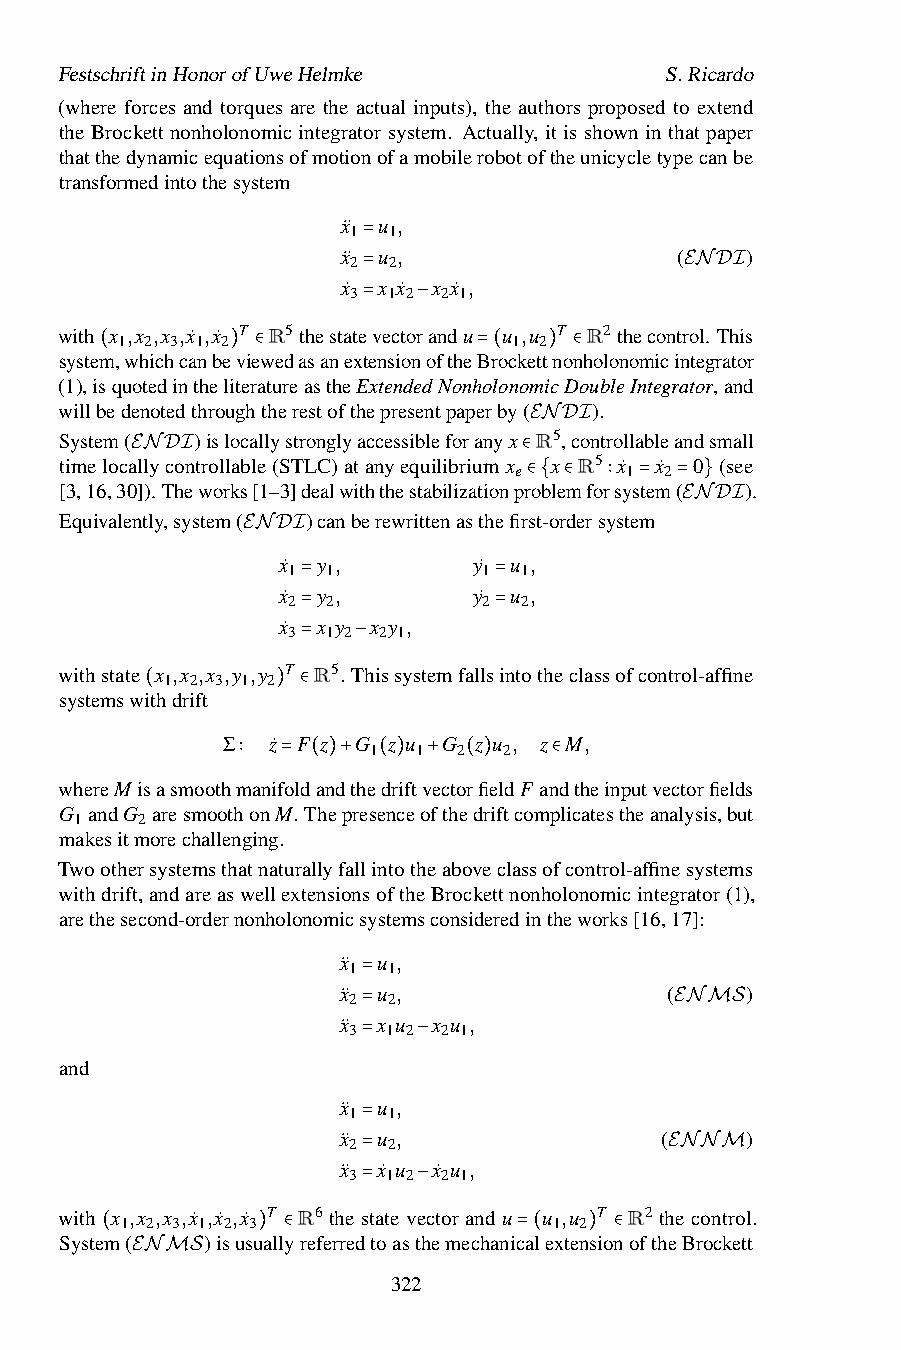
FestschriftinHonorofUweHelmke           S.Ricardo
 (where forces and torques are the actual inputs), the authors proposed to extend
 the Brockett nonholonomic integrator system. Actually, it is shown in that paper
 thatthedynamicequationsofmotionofamobilerobotoftheunicycletypecanbe
 transformedintothesystem
 x¨ u ,
 1  1
 x¨ u ,                (   )
 2  2
 =
 x˙ x x˙ x x˙ ,
 3  1 2 2 1
 =                    ENDI
 with x ,x ,x ,x˙ ,x˙ T R5thestate=vector−andu u ,u T R2thecontrol. This
 1 2 3 1 2                 1 2
 system,whichcanbeviewedasanextensionoftheBrockettnonholonomicintegrator
 (1),is(quotedintheli)ter∈atureastheExtendedNonh=o(lonomi)cD∈oubleIntegrator,and
 willbedenotedthroughtherestofthepresentpaperby( ).
 System(  )islocallystronglyaccessibleforanyx R5,controllableandsmall
 timelocallycontrollable(STLC)atanyequilibriumx
 EN xDRI5
 x˙ x˙ 0 (see
 e      1  2
 [3,16,30E])N.TDhIeworks[1–3]dealwiththestabilizationp∈roblemforsystem( ).
 ∈{ ∈ ∶ =  = }
 Equivalently,system( )canberewrittenasthefirst-ordersystem
 ENDI
 ENDx˙ 1I y 1,  y˙ 1 u 1,
 x˙ y ,       y˙ u ,
 2  2         2 2
 =            =
 x˙ x y x y ,
 3  1 2 2 1
 =            =
 withstate x ,x ,x ,y ,y T =R5. T−hissystemfallsintotheclassofcontrol-affine
 1 2 3 1 2
 systemswithdrift
 (       ) ∈
 Σ  z˙ F z G z u G z u , z M,
 1  1  2  2
 whereMisasmoothm∶ anif=old(an)d+the(dr)iftv+ecto(rfi)eldF an∈dtheinputvectorfields
 G andG aresmoothonM.Thepresenceofthedriftcomplicatestheanalysis,but
 1   2
 makesitmorechallenging.
 Twoothersystemsthatnaturallyfallintotheaboveclassofcontrol-affinesystems
 withdrift,andareaswellextensionsoftheBrockettnonholonomicintegrator(1),
 arethesecond-ordernonholonomicsystemsconsideredintheworks[16,17]:
 x¨ u ,
 1  1
 x¨ u ,                (    )
 2  2
 =
 x¨ x u x u ,
 3  1 2 2 1
 =                    ENMS
 and                 =   −
 x¨ u ,
 1  1
 x¨ u ,                (    )
 2  2
 =
 x¨ x˙ u x˙ u ,
 3  1 2 2 1
 =                   ENNM
 with x ,x ,x ,x˙ ,x˙ ,x˙ T R6 thes=tateve−ctorandu u ,u T R2 thecontrol.
 1 2 3 1 2 3                  1 2
 System(   )isusuallyreferredtoasthemechanicalextensionoftheBrockett
 (         ) ∈              =(   ) ∈
 ENMS             322